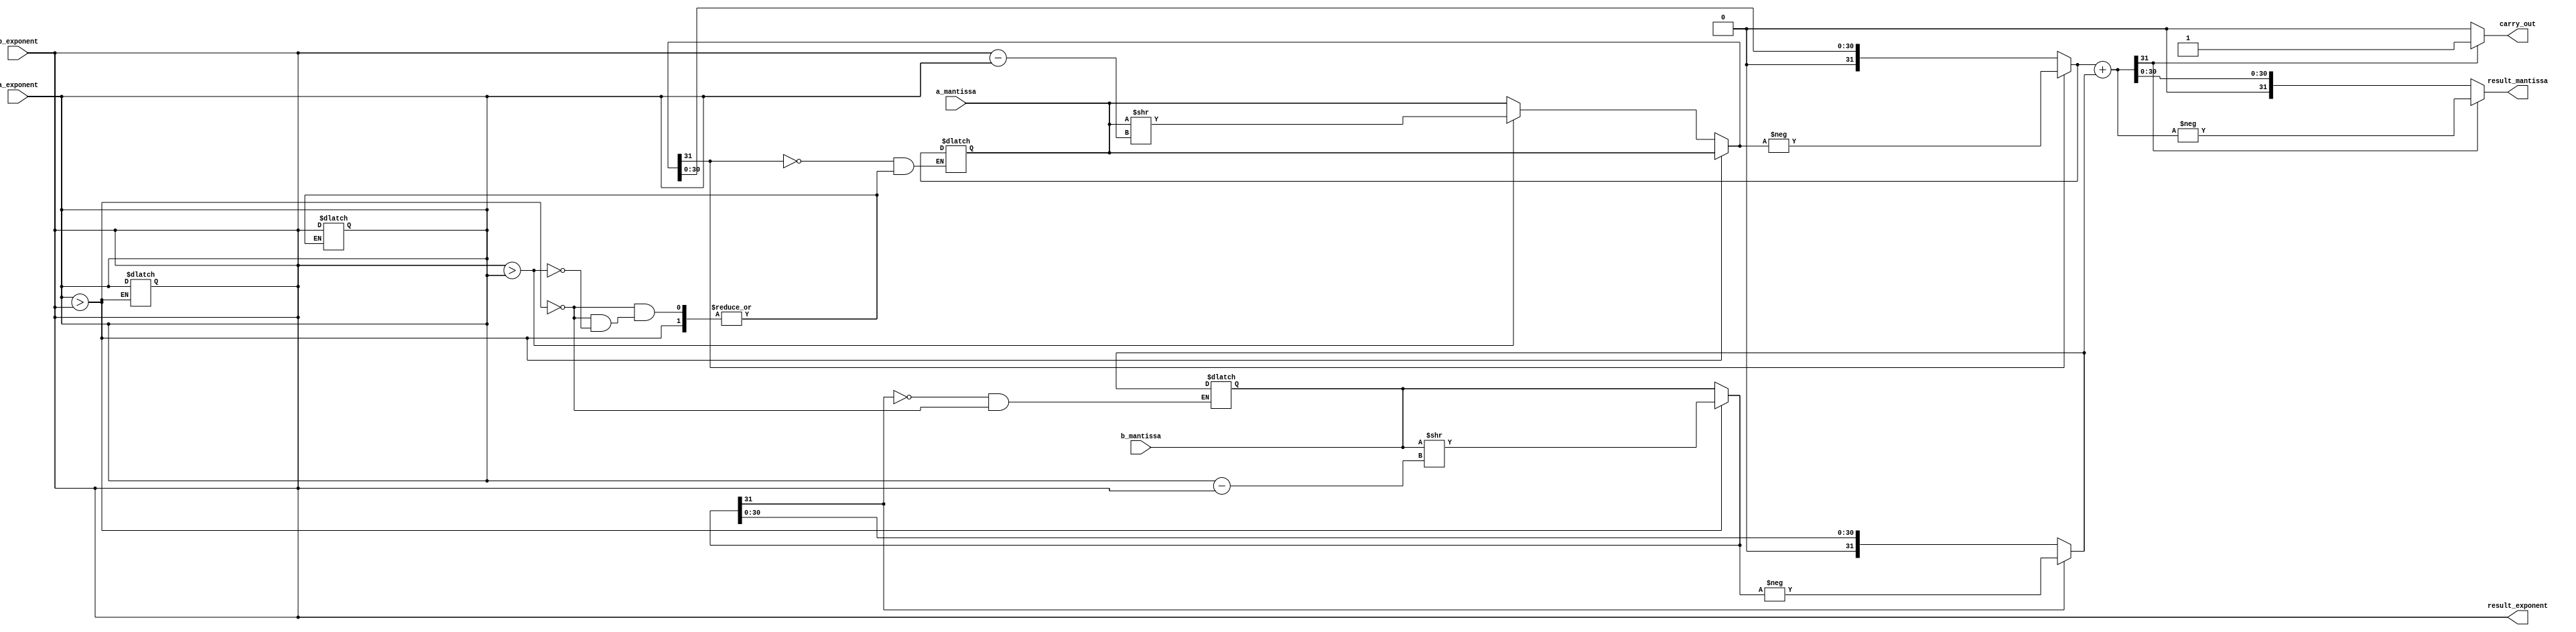
module floating_point_adder(
    input [31:0] a_mantissa,
    input [7:0] a_exponent,
    input [31:0] b_mantissa,
    input [7:0] b_exponent,
    output reg [31:0] result_mantissa,
    output reg [7:0] result_exponent,
    output reg carry_out
);

always @* begin
    if(a_exponent > b_exponent) begin
        b_mantissa = b_mantissa >> (a_exponent - b_exponent);
        b_exponent = a_exponent;
    end else if(b_exponent > a_exponent) begin
        a_mantissa = a_mantissa >> (b_exponent - a_exponent);
        a_exponent = b_exponent;
    end

    if(a_mantissa[31] == 1) a_mantissa = -a_mantissa;
    if(b_mantissa[31] == 1) b_mantissa = -b_mantissa;

    result_mantissa = a_mantissa + b_mantissa;
    result_exponent = a_exponent;
    
    if(result_mantissa[31] == 1) begin
        result_mantissa = -result_mantissa;
        carry_out = 1;
    end else begin
        carry_out = 0;
    end
end

endmodule